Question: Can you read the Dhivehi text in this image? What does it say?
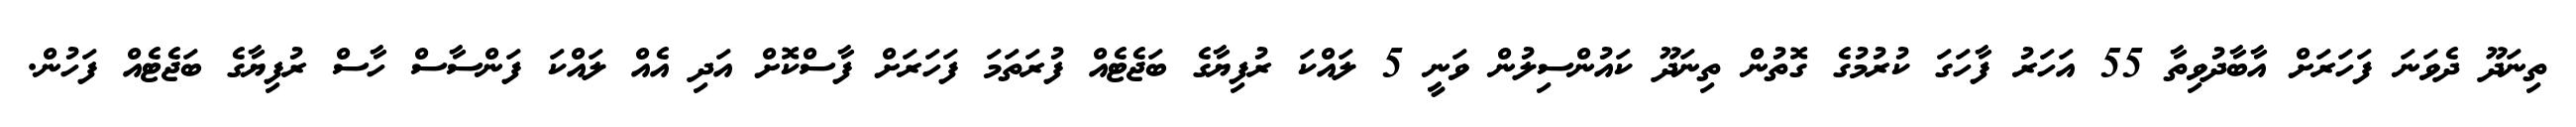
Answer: ތިނަދޫ ދެވަނަ ފަހަރަށް އާބާދުވިތާ 55 އަހަރު ފާހަގަ ކުރުމުގެ ގޮތުން ތިނަދޫ ކައުންސިލުން ވަނީ 5 ލައްކަ ރުފިޔާގެ ބަޖެޓެއް ފުރަތަމަ ފަހަރަށް ފާސްކޮށް އަދި އެއް ލައްކަ ފަންސާސް ހާސް ރުފިޔާގެ ބަޖެޓެއް ފަހުން.